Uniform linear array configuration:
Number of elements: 16
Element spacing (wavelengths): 0.5
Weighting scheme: cosine
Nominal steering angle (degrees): -15
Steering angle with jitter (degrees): -16.647
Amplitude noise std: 0.05
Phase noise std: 0.05

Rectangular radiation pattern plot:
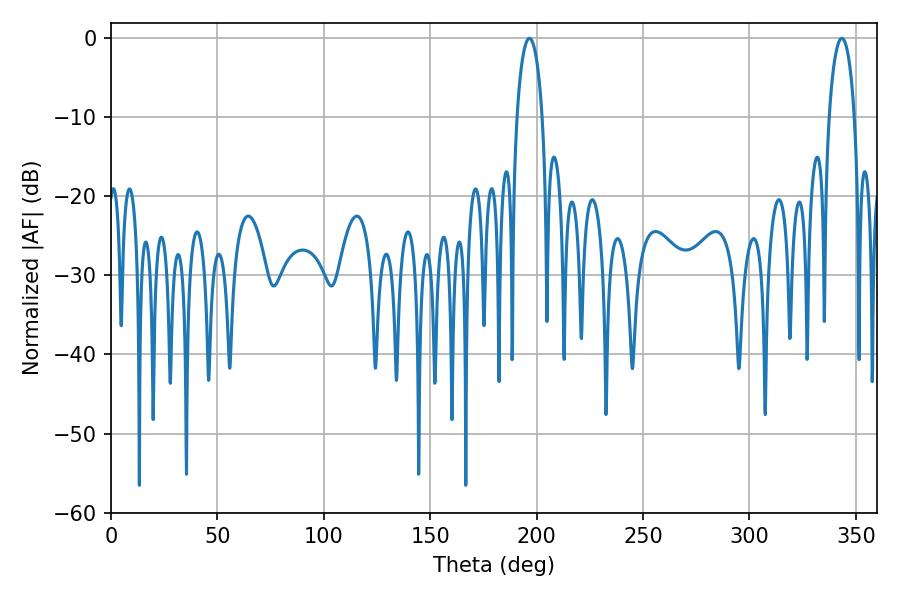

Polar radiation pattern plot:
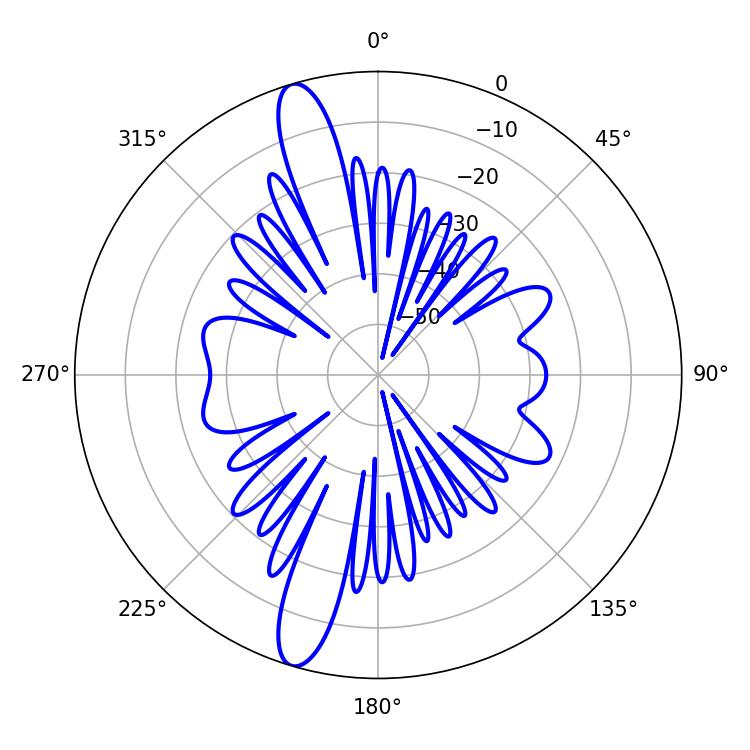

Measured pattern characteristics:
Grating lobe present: FALSE
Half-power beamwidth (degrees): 6.84
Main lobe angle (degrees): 196.56